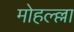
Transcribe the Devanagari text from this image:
मोहल्ल्ला